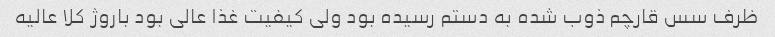
ظرف سس قارچم ذوب شده به دستم رسیده بود ولی کیفیت غذا عالی بود باروژ کلا عالیه